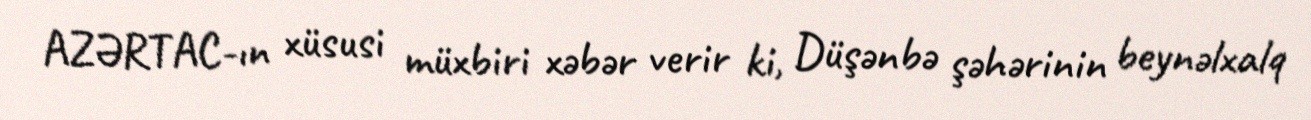
AZƏRTAC-ın xüsusi müxbiri xəbər verir ki, Düşənbə şəhərinin beynəlxalq